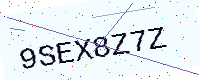
Text: 9SEX8Z7Z